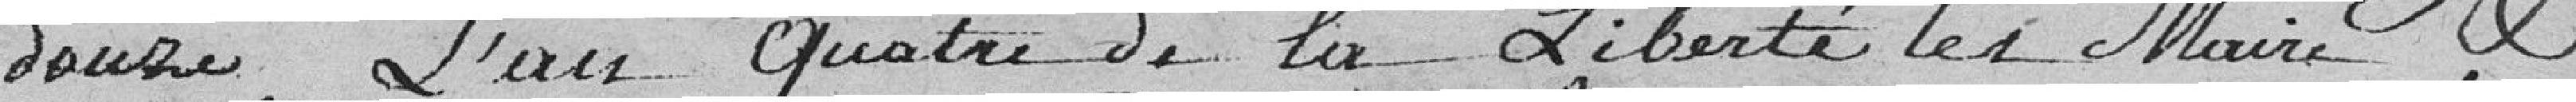
douze, l'an quatre de la Liberté, les Maire et